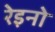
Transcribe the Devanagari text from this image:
रेइनो